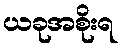
ယခုအစိုးရ